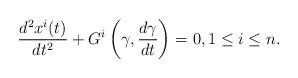
LaTeX: \begin{align*} \frac{d^2x^i(t)}{dt^2}+{G}^i\left(\gamma,\frac{d \gamma}{dt}\right)=0, 1 \le i \le n. \end{align*}